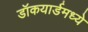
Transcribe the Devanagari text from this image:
डॉकयार्डमध्ये